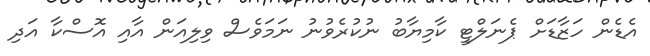
އެޑެން ހަޒާޑަށް ޕެނަލްޓީ ކާމިޔާބު ނުކުރެވުނު ނަމަވެސް ވިލިއަން އާއި އޮސްކާ އަދި